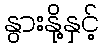
နွားနို့နှင့်